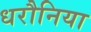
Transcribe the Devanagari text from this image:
धरौनिया